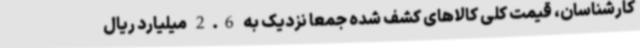
کارشناسان، قیمت کلی کالاهای کشف شده جمعاً نزدیک به 2.6 میلیارد ریال